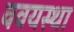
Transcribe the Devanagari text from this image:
ववयस्था